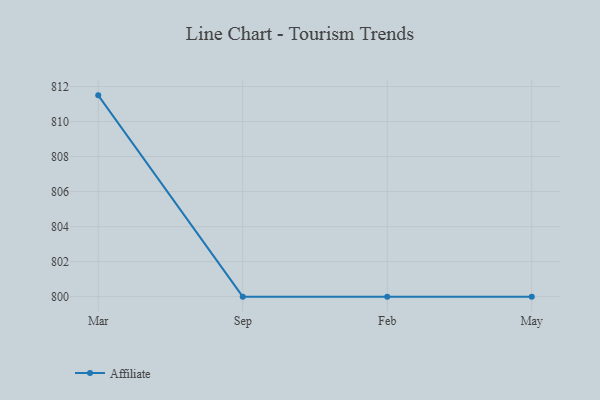
{"axis": {"x": "Month", "y": "Energy Usage (MWh)"}, "legend": ["Affiliate"], "data": [{"x": "Mar", "y": 811.5, "type": "Affiliate"}, {"x": "Sep", "y": 800, "type": "Affiliate"}, {"x": "Feb", "y": 800, "type": "Affiliate"}, {"x": "May", "y": 800, "type": "Affiliate"}]}